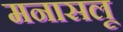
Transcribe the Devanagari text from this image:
मनासलू